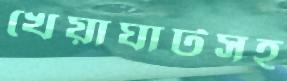
খেয়াঘাটসহ